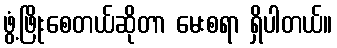
ဖွံ့ဖြိုးစေတယ်ဆိုတာ မေးစရာ ရှိပါတယ်။